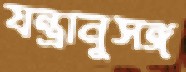
যন্ত্রানুসঙ্গ